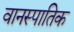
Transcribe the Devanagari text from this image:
वानस्पातिक